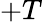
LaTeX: +T